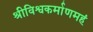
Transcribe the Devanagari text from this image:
श्रीविश्वकर्माणमहं